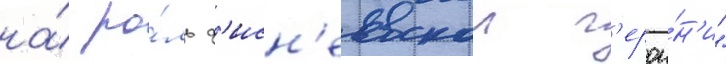
на́ ро́ль д'исн'еевскои г'ерои́н'и"